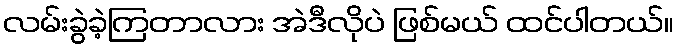
လမ်းခွဲခဲ့ကြတာလား အဲဒီလိုပဲ ဖြစ်မယ် ထင်ပါတယ်။